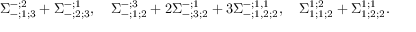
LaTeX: \Sigma _ { - ; 1 ; 3 } ^ { - ; 2 } + \Sigma _ { - ; 2 ; 3 } ^ { - ; 1 } , \quad \Sigma _ { - ; 1 ; 2 } ^ { - ; 3 } + 2 \Sigma _ { - ; 3 ; 2 } ^ { - ; 1 } + 3 \Sigma _ { - ; 1 , 2 ; 2 } ^ { - ; 1 , 1 } , \quad \Sigma _ { 1 ; 1 ; 2 } ^ { 1 ; 2 } + \Sigma _ { 1 ; 2 ; 2 } ^ { 1 ; 1 } .